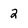
Character: 2